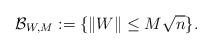
LaTeX: \begin{align*} \mathcal{B}_{W,M} := \{ \|W\| \leq M \sqrt{n} \}. \end{align*}